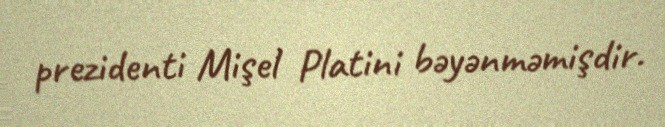
prezidenti Mişel Platini bəyənməmişdir.